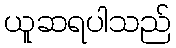
ယူဆရပါသည်